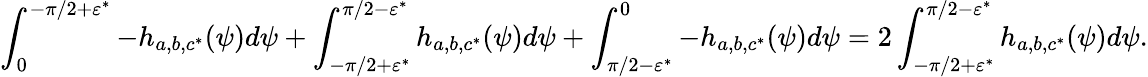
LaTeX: \int_{0}^{-\pi/2+\varepsilon^{*}}-h_{a,b,c^{*}}(\psi)d\psi+\int_{-\pi/2+\varepsilon^{*}}^{\pi/2-\varepsilon^{*}}h_{a,b,c^{*}}(\psi)d\psi+\int_{\pi/2-\varepsilon^{*}}^{0}-h_{a,b,c^{*}}(\psi)d\psi=2\int_{-\pi/2+\varepsilon^{*}}^{\pi/2-\varepsilon^{*}}h_{a,b,c^{*}}(\psi)d\psi.